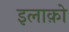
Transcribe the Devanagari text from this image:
इलाक़ो